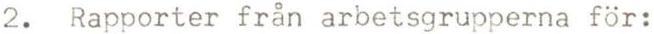
2. Rapporter från arbetsgrupperna för: